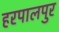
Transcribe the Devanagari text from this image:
हरपालपुर